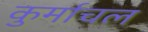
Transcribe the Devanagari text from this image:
कुर्माचल